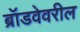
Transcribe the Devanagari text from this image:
ब्रॉडवेवरील